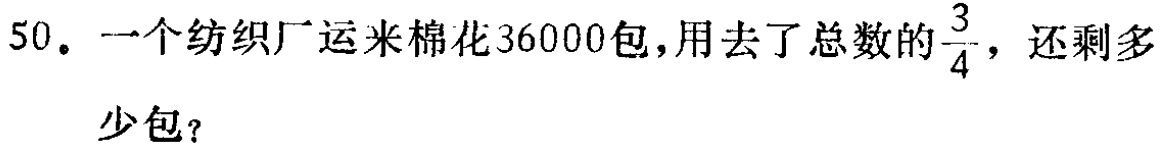
50. 一个纺织厂运来棉花36000包，用去了总数的$\frac{3}{4}$，还剩多少包？